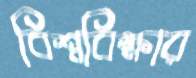
বিশ্ববিক্ষার